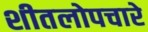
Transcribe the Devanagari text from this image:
शीतलोपचारे